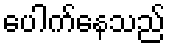
ပေါက်နေသည်